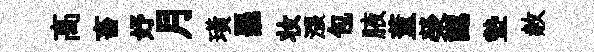
髙畜妤月璜罷妆漲包腋董榮認墊赦